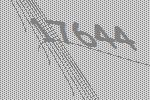
17644